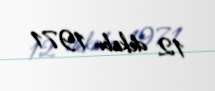
12 dekabr 1971